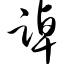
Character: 踔